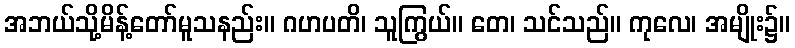
အဘယ်သို့မိန့်တော်မူသနည်း။ ဂဟပတိ၊ သူကြွယ်။ တေ၊ သင်သည်။ ကုလေ၊ အမျိုး၌။